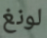
لونغ